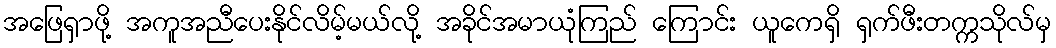
အဖြေရှာဖို့ အကူအညီပေးနိုင်လိမ့်မယ်လို့ အခိုင်အမာယုံကြည် ကြောင်း ယူကေရှိ ရှက်ဖီးတက္ကသိုလ်မှ